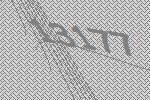
13177